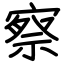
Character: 察